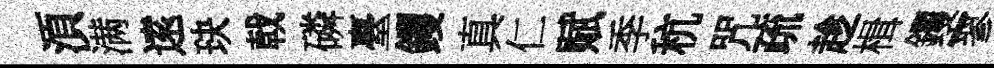
湏满逺玦戟磷臺钁真仁赋季秔咒疏趁楫钁寥